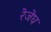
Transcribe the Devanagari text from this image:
रेजेघ